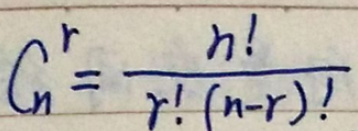
\[
C_{n}^{r}=\frac{n!}{r!(n - r)!}
\]